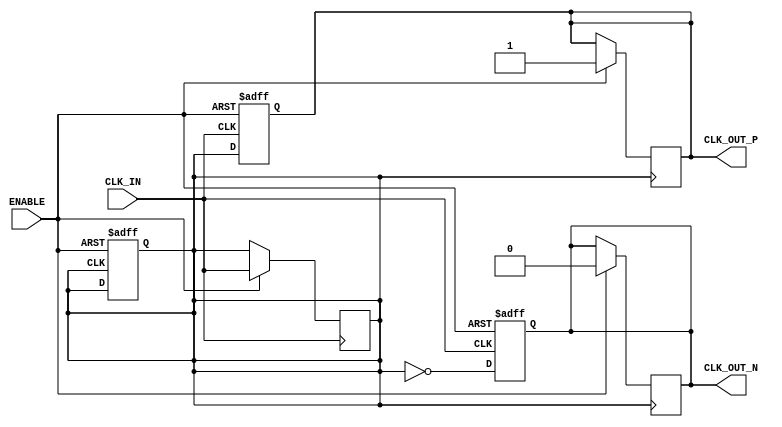
module differential_clock_buffer (
    input wire CLK_IN,         // Single-ended clock input
    input wire ENABLE,         // Enable signal
    output reg CLK_OUT_P,      // Differential clock output positive
    output reg CLK_OUT_N       // Differential clock output negative
);

// Parameters for performance specifications
parameter RISE_TIME = 2;     // Rise time in ns (example value)
parameter FALL_TIME = 2;      // Fall time in ns (example value)
parameter DELAY = 1;          // Propagation delay in ns (example value)

// Internal signal for the buffered clock
reg buffered_clk;

// Clock buffering logic
always @(posedge CLK_IN or negedge ENABLE) begin
    if (!ENABLE) begin
        // Power down mode
        CLK_OUT_P <= 1'b0;
        CLK_OUT_N <= 1'b0;
    end else begin
        // Buffer the input clock
        buffered_clk <= CLK_IN;
        // Generate differential outputs
        CLK_OUT_P <= #DELAY buffered_clk;          // Positive output
        CLK_OUT_N <= #DELAY ~buffered_clk;         // Negative output (inverted)
    end
end

// Signal conditioning (simple hysteresis implementation)
always @(posedge buffered_clk or negedge ENABLE) begin
    if (!ENABLE) begin
        // Reset buffered clock on disable
        buffered_clk <= 1'b0;
    end else begin
        // Implementing a simple hysteresis logic
        // Note: In a real design, this would be more complex
        if (buffered_clk) begin
            CLK_OUT_P <= #RISE_TIME 1'b1; // Simulate rise time
            CLK_OUT_N <= #FALL_TIME 1'b0;  // Simulate fall time
        end else begin
            CLK_OUT_P <= #FALL_TIME 1'b0;  // Simulate fall time
            CLK_OUT_N <= #RISE_TIME 1'b1;   // Simulate rise time
        end
    end
end

endmodule